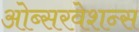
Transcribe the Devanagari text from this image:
ओब्सरवेशन्स